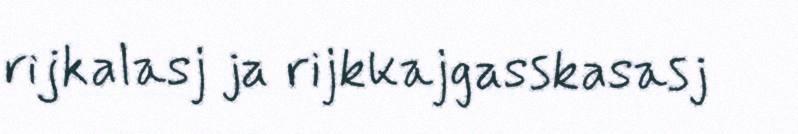
rijkalasj ja rijkkajgasskasasj